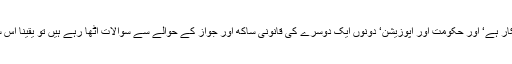
جب ہم دیکھتے ہیں کہ کس طرح پاکستان داخلی سیاسی تقسیم کا شکار ہے‘ اور حکومت اور اپوزیشن‘ دونوں ایک دوسرے کی قانونی ساکھ اور جواز کے حوالے سے سوالات اٹھا رہے ہیں تو یقینا اس سے پاکستان کی عالمی دبائو سہارنے کی صلاحیت متاثر ہوتی ہے۔